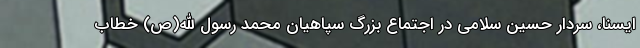
ایسنا، سردار حسین سلامی در اجتماع بزرگ سپاهیان محمد رسول الله(ص) خطاب